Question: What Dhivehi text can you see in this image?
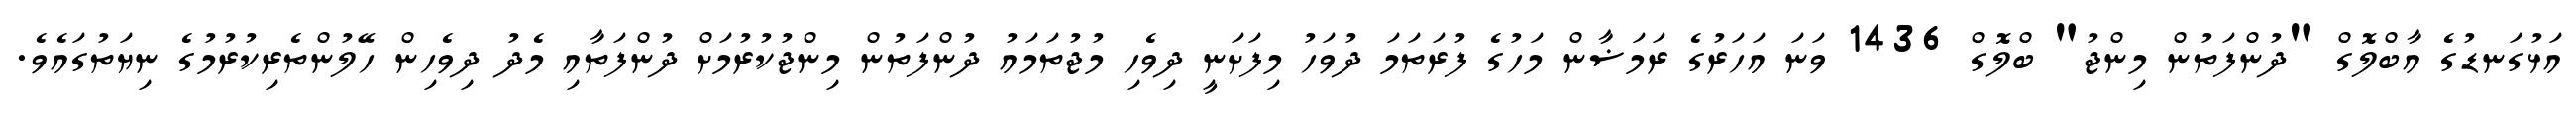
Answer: އަޅުގަނޑުގެ އާބްލޮގް "ދުންފަތުން މިންޖު" ބްލޮގް 1436 ވަނަ އަހަރުގެ ރަމަޟާން މަހުގެ ފުރަތަމަ ދުވަހު މިފަށަނީ ދިވެހި މުޖުތަމައު ދުންފަތުން މިންޖުކުރުމަށް ދުންފަތާއި މެދު ދިވެހިން ހޭލުންތެރިކުރުމުގެ ނިޔަތުގައެވެ.